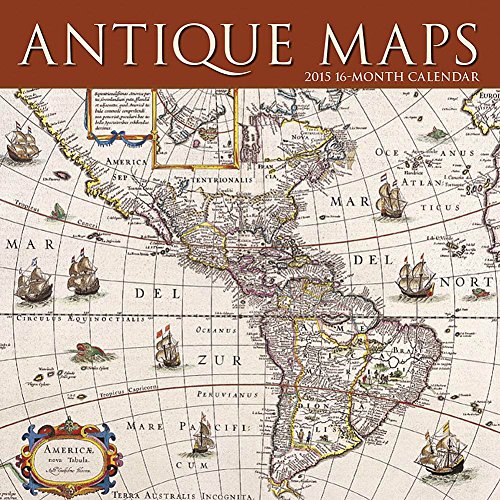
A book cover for Antique Maps 2015 Wall Calendar by Calendar Ink; Calendars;